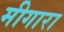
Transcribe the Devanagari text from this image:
मीगारा